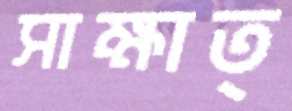
সাক্ষাত্